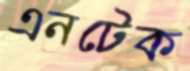
এনটেক